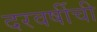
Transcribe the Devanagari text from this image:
दरवर्षीची